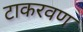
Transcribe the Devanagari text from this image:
टाकरवण